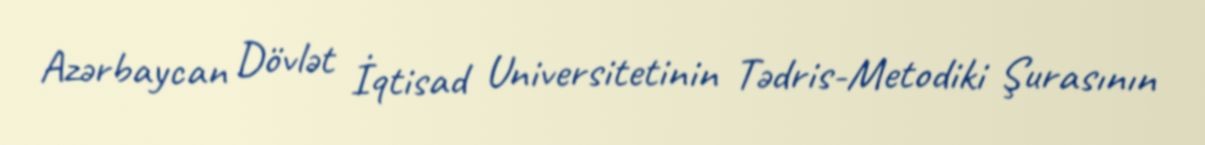
Azərbaycan Dövlət İqtisad Universitetinin Tədris-Metodiki Şurasının